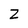
Character: Z